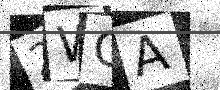
Text: 2WCA